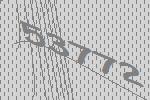
53772